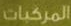
المركبات